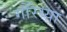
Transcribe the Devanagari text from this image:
गौरैय्या